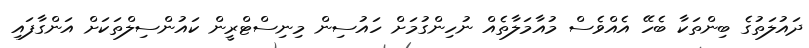
ދައުލަތުގެ ބިންތަކާ ބެހޭ އެއްވެސް މުއާމަލާތެއް ނުހިންގުމަށް ހައުސިން މިނިސްޓްރީން ކައުންސިލްތަކަށް އަންގާފައި